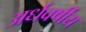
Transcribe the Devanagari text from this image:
अर्धवर्षीय